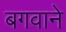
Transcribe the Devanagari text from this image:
बगवाने